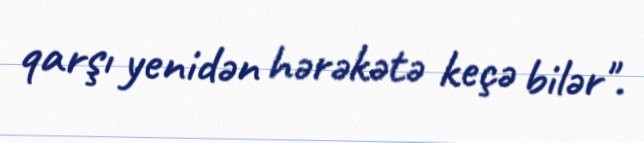
qarşı yenidən hərəkətə keçə bilər".